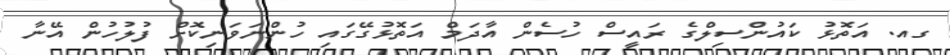
ގއ. އަތޮޅު ކައުންސިލްގެ ރައީސް ހުސެން އާދަމް އަތޮޅުގޭގައި ހުންނަވަނިކޮށް ފުލުހުން އޭނާ